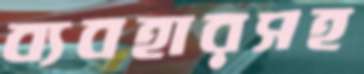
ব্যবহারসহ